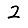
Digit: 2